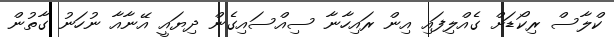
ކްލާސް ރިކޯޑަށް ގެއްލިފައި އިން ރައިހާނާ ސިއްސައިގެން ދިޔައީ އޭނާއާ ނުހަނު ގާތުން